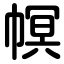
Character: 幎